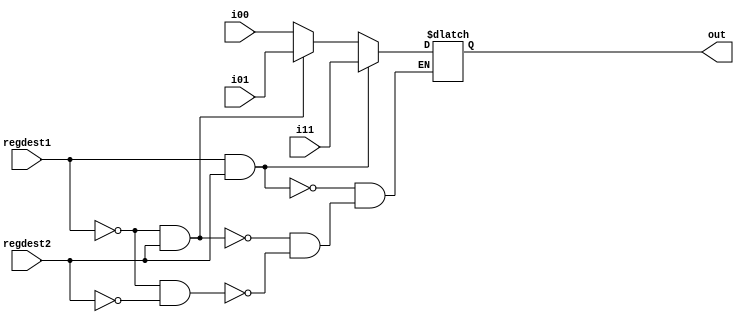
module mult4_to_1_5(out, i00,i01,i11,regdest1,regdest2);  // multiplexor for regdest
output [4:0] out;
reg out;
input [4:0]i00,i01,i11;
input regdest1,regdest2;
always @(regdest1 or regdest2)
begin
    if(~(regdest1)&~(regdest2))out=i00; //in 00
    if(~(regdest1)&regdest2)out=i01; //in 01
    if(regdest1&regdest2)out=i11; //in 11
end
endmodule